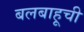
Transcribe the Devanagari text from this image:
बलबाहूची